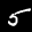
Label: 5